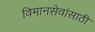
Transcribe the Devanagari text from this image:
विमानसेवांसाठी